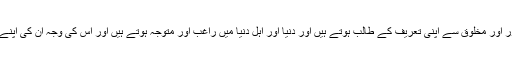
اکثر لوگ اپنی عبادتوں اور اعمال پر مغرور اور مخلوق سے اپنی تعریف کے طالب ہوتے ہیں اور دنیا اور اہل دنیا میں راغب اور متوجہ ہوتے ہیں اور اس کی وجہ ان کی اپنے نفس اور خواہشات کے ساتھ وابستگی ہے۔